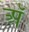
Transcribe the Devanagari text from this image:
अॅ